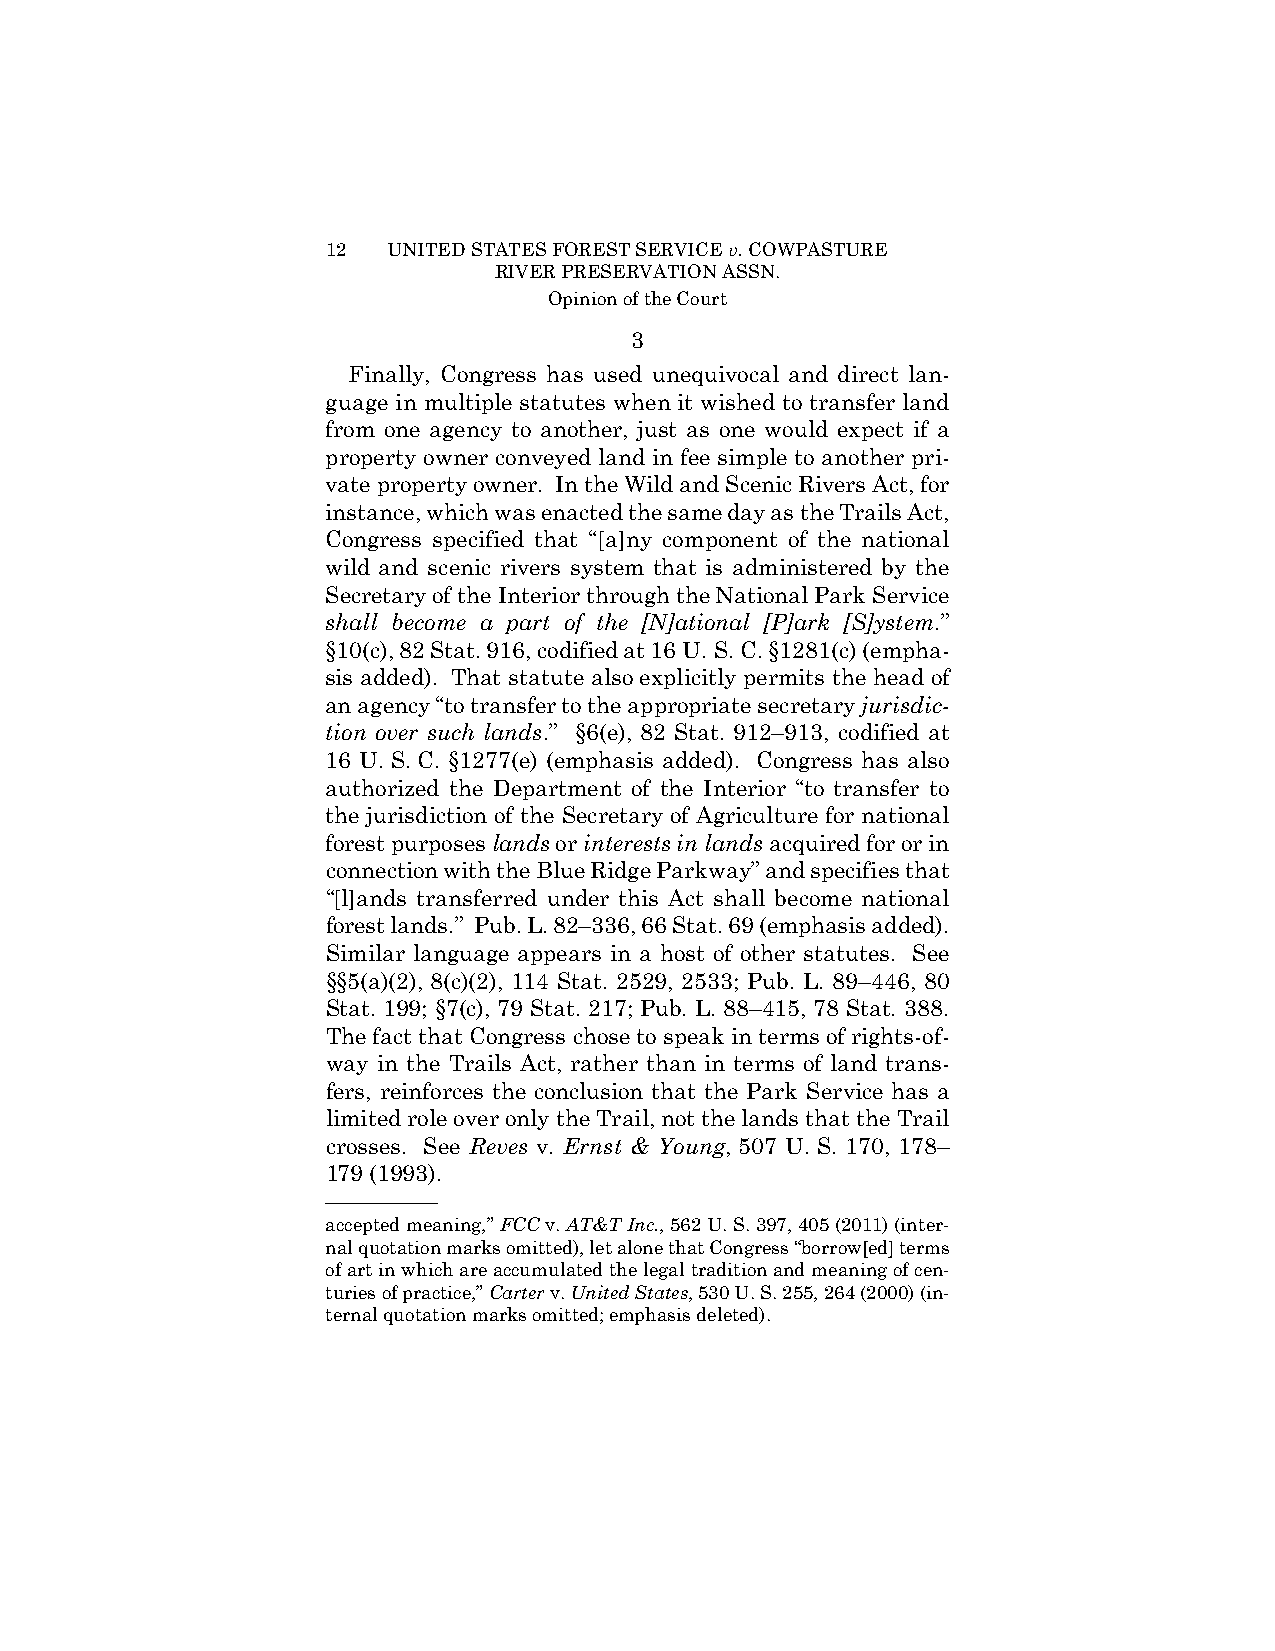
12  UNITED STATES FOREST SERVICE v. COWPASTURE
 RIVER PRESERVATION ASSN.
 Opinion of the Court
 3
 Finally, Congress has used unequivocal and direct lan-
 guage in multiple statutes when it wished to transfer land
 from one agency to another, just as one would expect if a
 property owner conveyed land in fee simple to another pri-
 vate property owner. In the Wild and Scenic Rivers Act, for
 instance, which was enacted the same day as the Trails Act,
 Congress specified that “[a]ny component of the national
 wild and scenic rivers system that is administered by the
 Secretary of the Interior through the National Park Service
 shall become a part of the [N]ational [P]ark [S]ystem.”
 §10(c), 82 Stat. 916, codified at 16 U. S. C. §1281(c) (empha-
 sis added). That statute also explicitly permits the head of
 an agency “to transfer to the appropriate secretary jurisdic-
 tion over such lands.” §6(e), 82 Stat. 912–913, codified at
 16 U. S. C. §1277(e) (emphasis added). Congress has also
 authorized the Department of the Interior “to transfer to
 the jurisdiction of the Secretary of Agriculture for national
 forest purposes lands or interests in lands acquired for or in
 connection with the Blue Ridge Parkway” and specifies that
 “[l]ands transferred under this Act shall become national
 forest lands.” Pub. L. 82–336, 66 Stat. 69 (emphasis added).
 Similar language appears in a host of other statutes. See
 §§5(a)(2), 8(c)(2), 114 Stat. 2529, 2533; Pub. L. 89–446, 80
 Stat. 199; §7(c), 79 Stat. 217; Pub. L. 88–415, 78 Stat. 388.
 The fact that Congress chose to speak in terms of rights-of-
 way in the Trails Act, rather than in terms of land trans-
 fers, reinforces the conclusion that the Park Service has a
 limited role over only the Trail, not the lands that the Trail
 crosses. See Reves v. Ernst & Young, 507 U. S. 170, 178–
 179 (1993).
 ——————
 accepted meaning,” FCC v. AT&T Inc., 562 U. S. 397, 405 (2011) (inter-
 nal quotation marks omitted), let alone that Congress “borrow[ed] terms
 of art in which are accumulated the legal tradition and meaning of cen-
 turies of practice,” Carter v. United States, 530 U. S. 255, 264 (2000) (in-
 ternal quotation marks omitted; emphasis deleted).